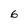
Character: 6